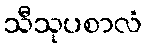
သီသုပစာလံ